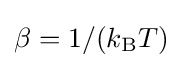
\beta =1/(k_{\text{B}}T)